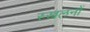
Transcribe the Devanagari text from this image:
स्खलनों